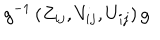
g ^ { - 1 } \left( Z _ { i j } , V _ { i j } , U _ { i j } \right) g